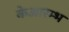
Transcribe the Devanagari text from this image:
केआरम्भ